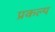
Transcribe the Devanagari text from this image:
प्रकल्‍प